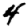
Digit: 4